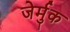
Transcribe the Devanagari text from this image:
जेर्मुक